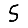
Digit: 5